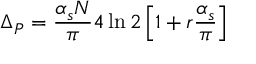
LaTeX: \Delta _ { P } = \frac { \alpha _ { s } N } { \pi } 4 \ln 2 \left[ 1 + r \frac { \alpha _ { s } } { \pi } \right]